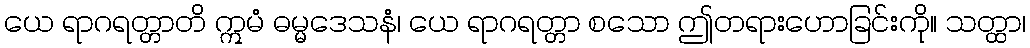
ယေ ရာဂရတ္တာတိ ဣမံ ဓမ္မဒေသနံ၊ ယေ ရာဂရတ္တာ စသော ဤတရားဟောခြင်းကို။ သတ္ထာ၊